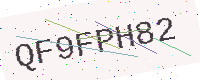
Text: QF9FPH82